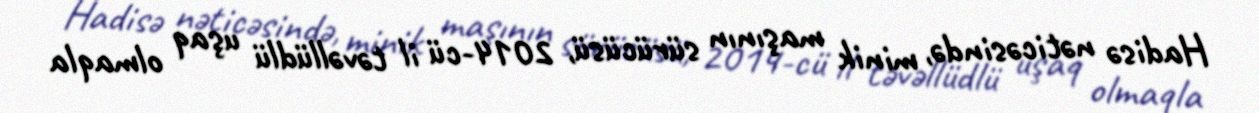
Hadisə nəticəsində, minik maşının sürücüsü, 2014-cü il təvəllüdlü uşaq olmaqla